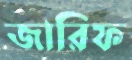
জারিফ